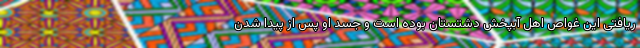
ریافتی این غواص اهل آبپخش دشتستان بوده است و جسد او پس از پیدا شدن